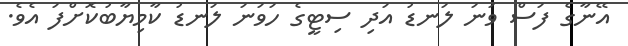
އޭނާގެ ފަސް ވަނަ ލަނޑު އަދި ސިޓީގެ ހަވަނަ ލަނޑު ކާމިޔާބުކޮށްފަ އެވެ.